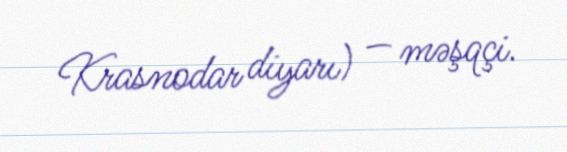
Krasnodar diyarı) — məşqçi.